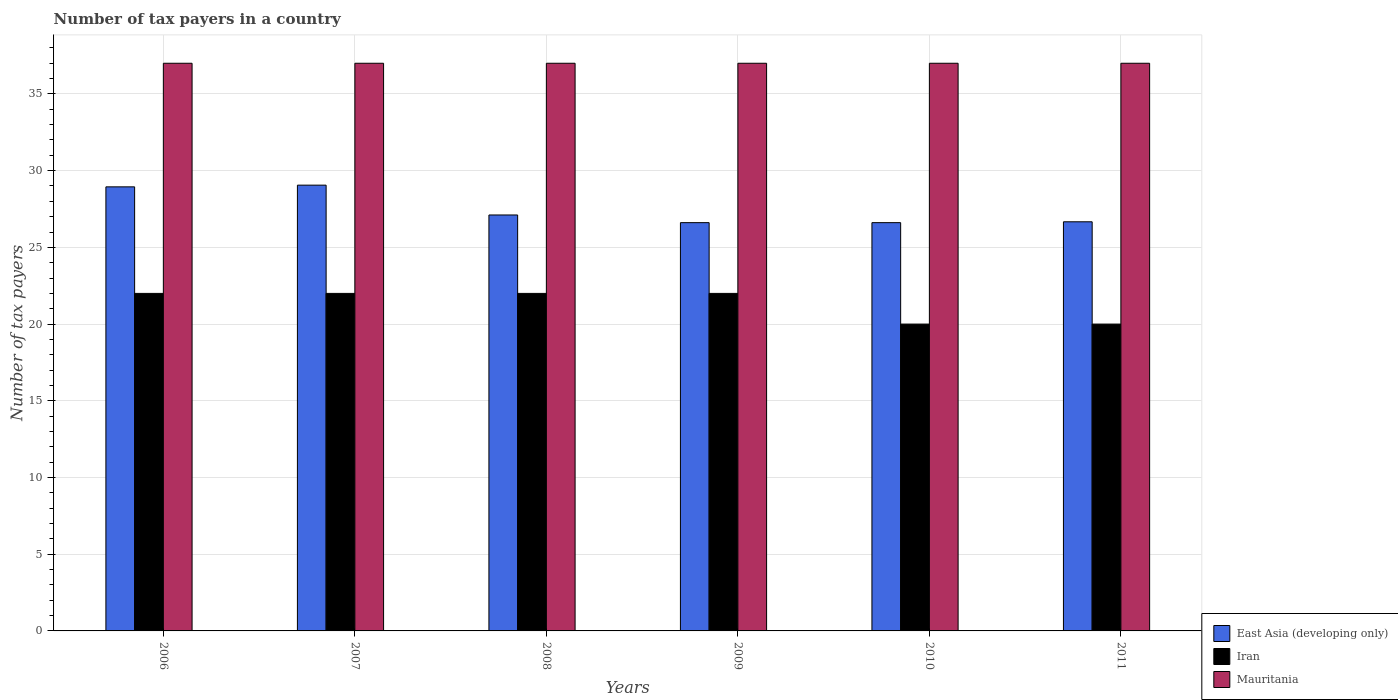
| Years | East Asia (developing only) | Iran | Mauritania |
 | --- | --- | --- | --- |
 | 2006 | 28.9 | 22 | 37 |
 | 2007 | 29.1 | 22 | 37 |
 | 2008 | 27.1 | 22 | 37 |
 | 2009 | 26.6 | 22 | 37 |
 | 2010 | 26.6 | 20 | 37 |
 | 2011 | 26.7 | 20 | 37 |